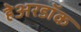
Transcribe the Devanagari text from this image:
हेअरडॉक